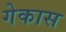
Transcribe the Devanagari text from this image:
गेकास